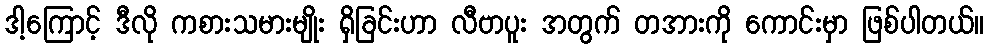
ဒါ့ကြောင့် ဒီလို ကစားသမားမျိုး ရှိခြင်းဟာ လီဗာပူး အတွက် တအားကို ကောင်းမှာ ဖြစ်ပါတယ်။